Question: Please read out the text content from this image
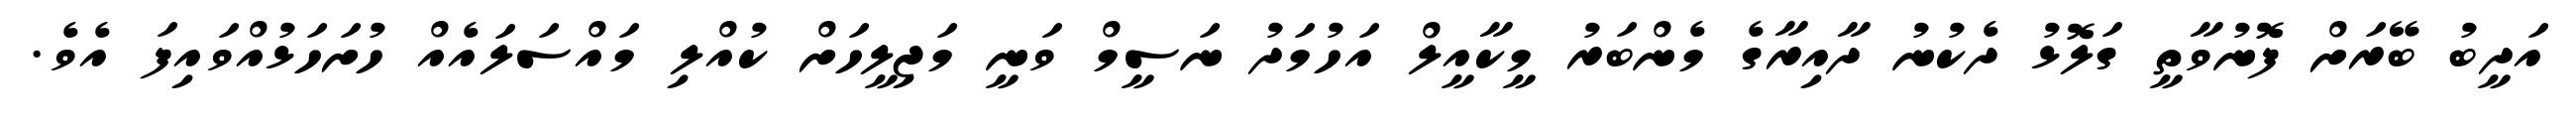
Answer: އަދީބު ބޭރަށް ފޮނުވާތީ ގަލޮޅު ދެކުނު ދާއިރާގެ މެންބަރު މީކާއީލް އަހުމަދު ނަސީމް ވަނީ މަޖިލީހަށް ކުއްލި މައްސަލައެއް ހުށަހަޅުއްވައިފަ އެވެ.